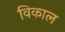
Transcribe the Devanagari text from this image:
विकाल